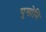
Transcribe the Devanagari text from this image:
पुसोनि